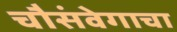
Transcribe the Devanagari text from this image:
चौसंवेगाचा